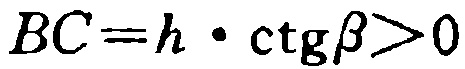
\(BC = h\cdot\mathrm{ctg}\beta>0\)